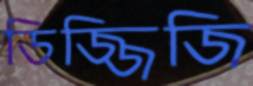
ডিজ্জিজি